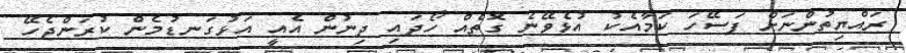
ރައްޔިތުންނަށް ފަސޭހަ ކަމާއެކު އުޅެވޭނެ ގޮތެއް ހޯދައި ދިނުން އެއީ އަޅުގަނޑުމެން ކުރަންޖެހޭ